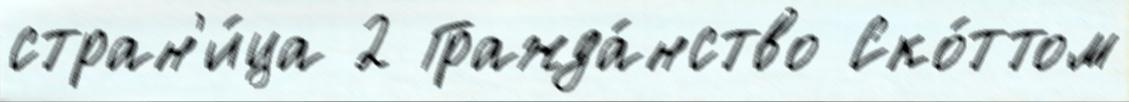
стран'и́ца 2 Гражда́нство Ско́ттом